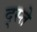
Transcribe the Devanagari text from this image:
द्स्ते